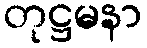
တုဋ္ဌမနာ